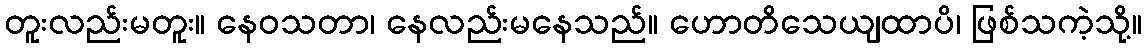
တူးလည်းမတူး။ နေဝသတာ၊ နေလည်းမနေသည်။ ဟောတိသေယျထာပိ၊ ဖြစ်သကဲ့သို့။